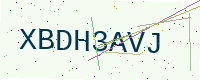
Text: XBDH3AVJ